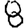
Digit: 8